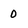
Character: 0